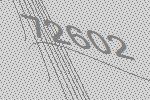
72602